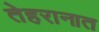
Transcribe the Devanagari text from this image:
तेहरानात